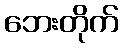
ဘေးတိုက်